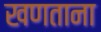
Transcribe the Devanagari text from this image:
खणताना